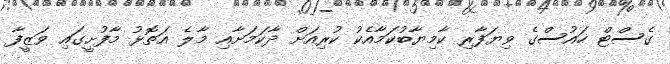
ގެސްޓް ހައުސްގެ ވިޔަފާރި ކާމިޔާބުކަމާއެކު ކުރިއަށް ދާކަމަށާއި މާލެ އަތޮޅު މާފުށީގައި ވަޒީފާ